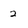
Character: 2